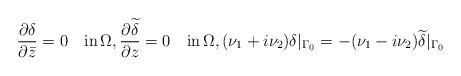
LaTeX: \begin{align*}\,\,\frac{\partial\delta}{\partial \bar z} =0 \quad\mbox{in}\,\Omega,\frac{\partial\widetilde \delta}{\partial z}= 0\quad\mbox{in}\,\Omega,(\nu_1+i\nu_2)\delta\vert_{\Gamma_0}=-(\nu_1-i\nu_2)\widetilde \delta\vert_{\Gamma_0}\end{align*}